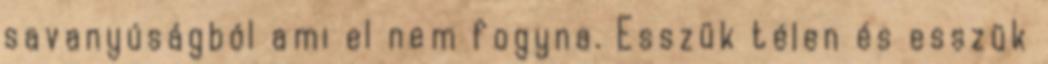
savanyúságból ami el nem fogyna. Esszük télen és esszük